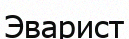
Эварист